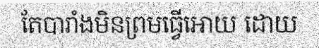
តែបារាំងមិនព្រមធ្វើអោយ ដោយ